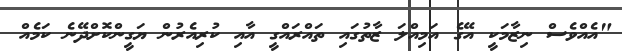
"އެއްވެސް ނިޒާމަކީ އޭގެ އަމިއްލަ ޒާތުގައި ތައްރައްގީ އާއި ކުރިއެރުން ޔަގީންކޮށްދޭނެ ކަމެއް